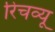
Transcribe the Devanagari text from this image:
रिचव्यू